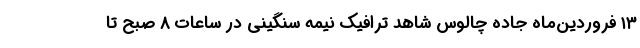
۱۳ فروردین‌ماه جاده چالوس شاهد ترافیک نیمه سنگینی در ساعات ۸ صبح تا